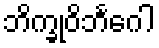
ဘိက္ခုဝိဘင်္ဂေါ